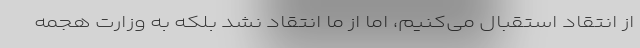
از انتقاد استقبال می‌کنیم، اما از ما انتقاد نشد بلکه به وزارت هجمه